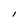
Character: 1